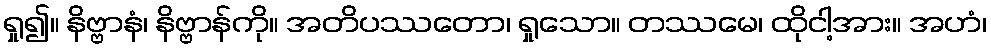
ရှု၍။ နိဗ္ဗာနံ၊ နိဗ္ဗာန်ကို။ အတိပဿတော၊ ရှုသော။ တဿမေ၊ ထိုငါ့အား။ အဟံ၊